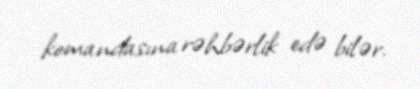
komandasına rəhbərlik edə bilər.